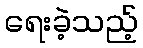
ရေးခဲ့သည့်